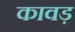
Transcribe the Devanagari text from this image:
कावड़